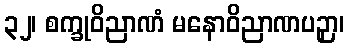
၃၂၊ စက္ခုဝိညာဏံ မနောဝိညာဏပဉှာ၊